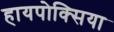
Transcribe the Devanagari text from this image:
हायपोक्सिया